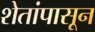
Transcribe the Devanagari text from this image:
शेतांपासून